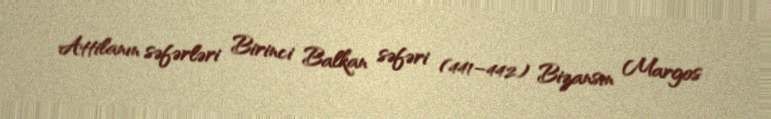
Attilanın səfərləri Birinci Balkan səfəri (441–442) Bizansın Margos